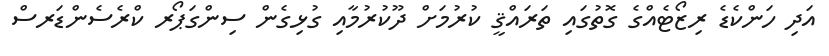
އަދި ހަންކެޑެ ރިޒޯޓެއްގެ ގޮތުގައި ތަރައްޤީ ކުރުމަށް ދޫކުރުމާއި ގުޅިގެން ސިންގަޕޯރ ކްރެސެންޑަރސް